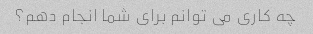
چه کاری می توانم برای شما انجام دهم؟